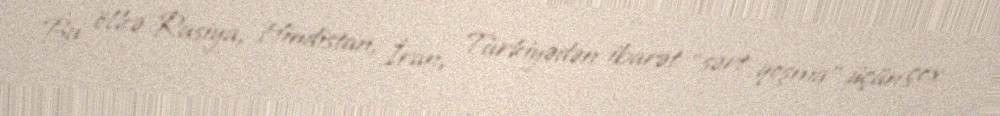
Bu ölkə Rusiya, Hindistan, İran, Türkiyədən ibarət “sərt qoşma” üçün çox